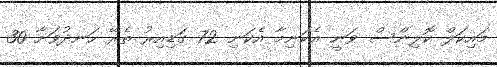
މައިކަލް ކޮލިންސް ވަނީ އެކަނިމާ އެކަނި 72 ގަޑިއިރު ތެރޭ ހަނދުވަށާ 30